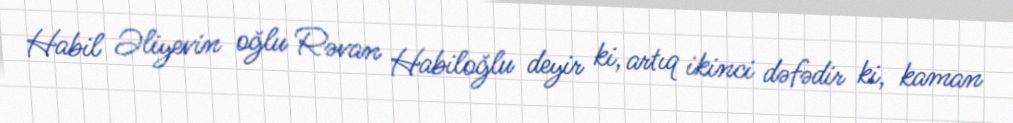
Habil Əliyevin oğlu Rəvan Habiloğlu deyir ki, artıq ikinci dəfədir ki, kaman